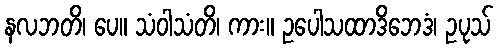
နလဘတိ၊ ပေ။ သံဝါသံတိ၊ ကား။ ဥပေါသထာဒိဘေဒံ၊ ဥပုသ်